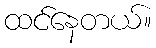
ထင်နေတယ်။